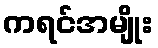
ကရင်အမျိုး